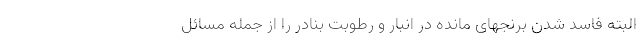
البته فاسد شدن برنجهای مانده در انبار و رطوبت بنادر را از جمله مسائل